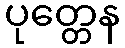
ပုတ္တေန